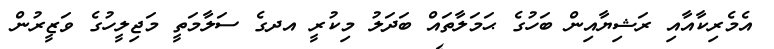
އެމެރިކާއާއި ރަޝިޔާއިން ބަހުގެ ޙަމަލާތައް ބަދަލު މިކުރީ އދގެ ސަލާމަތީ މަޖިލީހުގެ ވަޒީރުން